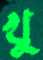
খু